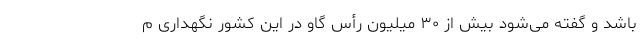
باشد و گفته می‌شود بیش از ۳۰ میلیون رأس گاو در این کشور نگهداری م